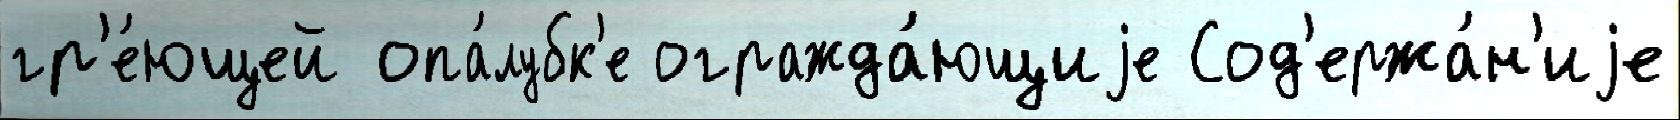
гр'е́ющей опа́лубк'е огражда́ющиjе Сод'ержа́н'иjе